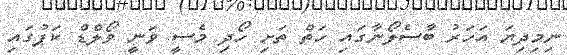
ނިމިދިޔަ އަހަރު ބާސެލޯނާގައި ހަތް ތަށި ހޯދި މެސީ ވަނީ ވޯލްޑް ކަޕުގައި